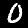
Digit: 0